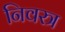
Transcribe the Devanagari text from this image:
निवस्त्र